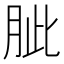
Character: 𦚚